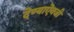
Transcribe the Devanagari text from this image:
देण्याऎवजी